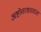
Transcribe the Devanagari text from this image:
अष्टोत्तरशतताल